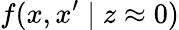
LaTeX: f(x,x^{\prime}\mid z\approx 0)